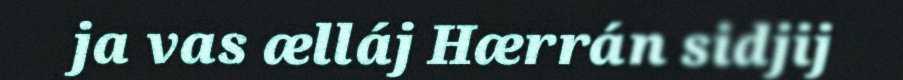
ja vas ælláj Hærrán sidjij